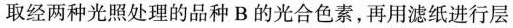
取经两种光照处理的品种 B 的光合色素，再用滤纸进行层